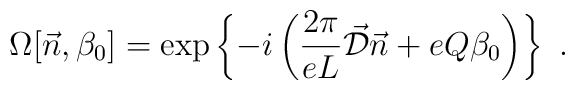
\Omega[\vec{n},\beta_0] = \exp \left\{ -i \left( \frac{2\pi}{eL}\vec{\cal D}\vec{n}+ e Q \beta_0 \right) \right\} \ .